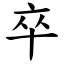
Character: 卒